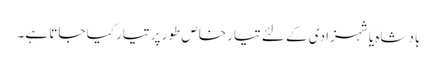
بادشاہ یا شہزادی کے لئے تیار خاص طور پر تیار کیا جاتا ہے۔